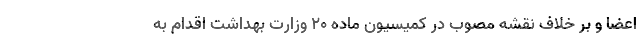
اعضا و بر خلاف نقشه مصوب در کمیسیون ماده 20 وزارت بهداشت اقدام به